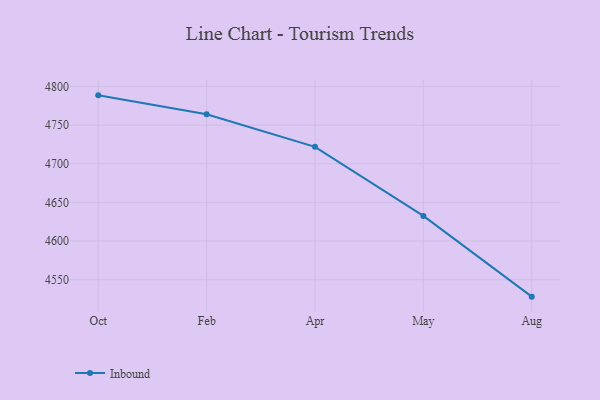
{"axis": {"x": "Month", "y": "Inventory Turnover"}, "legend": ["Inbound"], "data": [{"x": "Oct", "y": 4788.5, "type": "Inbound"}, {"x": "Feb", "y": 4764.0, "type": "Inbound"}, {"x": "Apr", "y": 4721.9, "type": "Inbound"}, {"x": "May", "y": 4632.5, "type": "Inbound"}, {"x": "Aug", "y": 4528.0, "type": "Inbound"}]}